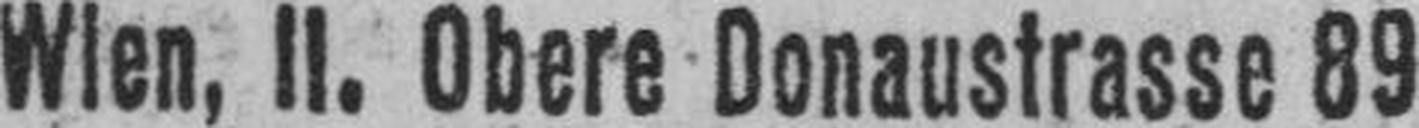
Wien, II. Obere Donaustrasse 89